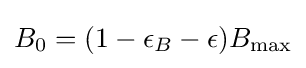
B_{0}=({1-\epsilon _{B}-\epsilon }){B_{\text{max}}}